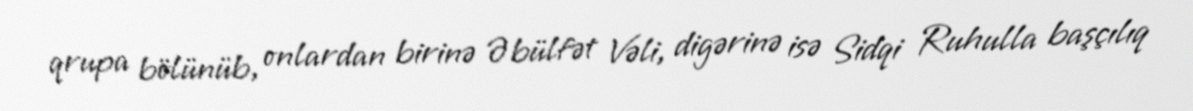
qrupa bölünüb, onlardan birinə Əbülfət Vəli, digərinə isə Sidqi Ruhulla başçılıq